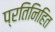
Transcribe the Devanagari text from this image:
प्रतिनिहित